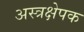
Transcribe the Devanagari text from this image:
अस्त्रक्षेपक